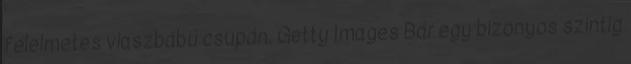
félelmetes viaszbábú csupán. Getty Images Bár egy bizonyos szintig